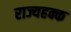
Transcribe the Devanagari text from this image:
राज्यहक्क